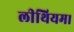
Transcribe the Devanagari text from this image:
लीथियम।